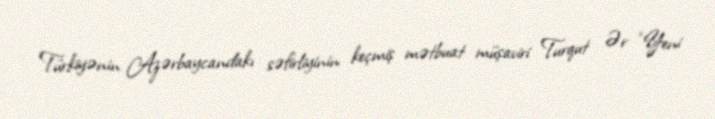
Türkiyənin Azərbaycandakı səfirliyinin keçmiş mətbuat müşaviri Turqut Ər “Yeni